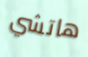
هاتشي